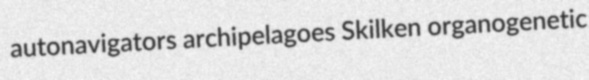
autonavigators archipelagoes Skilken organogenetic